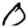
Digit: 0